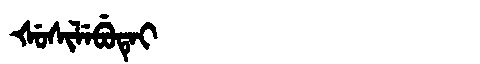
Manchu: ᡧᡠᠰᡳᠯᡝᠪᡠᡨᡝᡳ
Romanization: ŠUSILEBUTEI